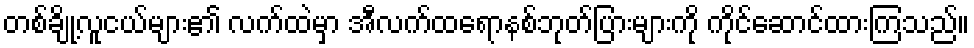
တစ်ချို့လူငယ်များ၏ လက်ထဲမှာ အီလက်ထရောနစ်ဘုတ်ပြားများကို ကိုင်ဆောင်ထားကြသည်။